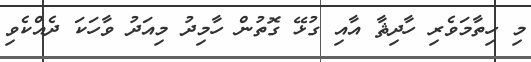
މި ހިތާމަވެރި ހާދިޘާ އާއި ގުޅޭ ގޮތުން ހާމިދު މިއަދު ވާހަކަ ދެއްކެވި